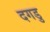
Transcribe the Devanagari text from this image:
दगडु